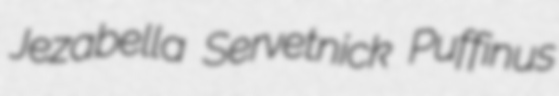
Jezabella Servetnick Puffinus